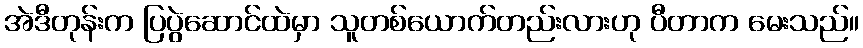
အဲဒီတုန်းက ပြပွဲဆောင်ထဲမှာ သူတစ်ယောက်တည်းလားဟု ပီတာက မေးသည်။